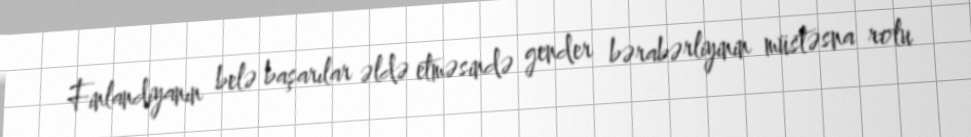
Finlandiyanın belə başarılar əldə etməsində gender bərabərliyinin müstəsna rolu